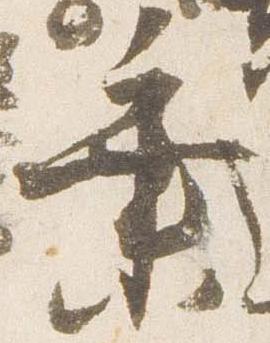
垂